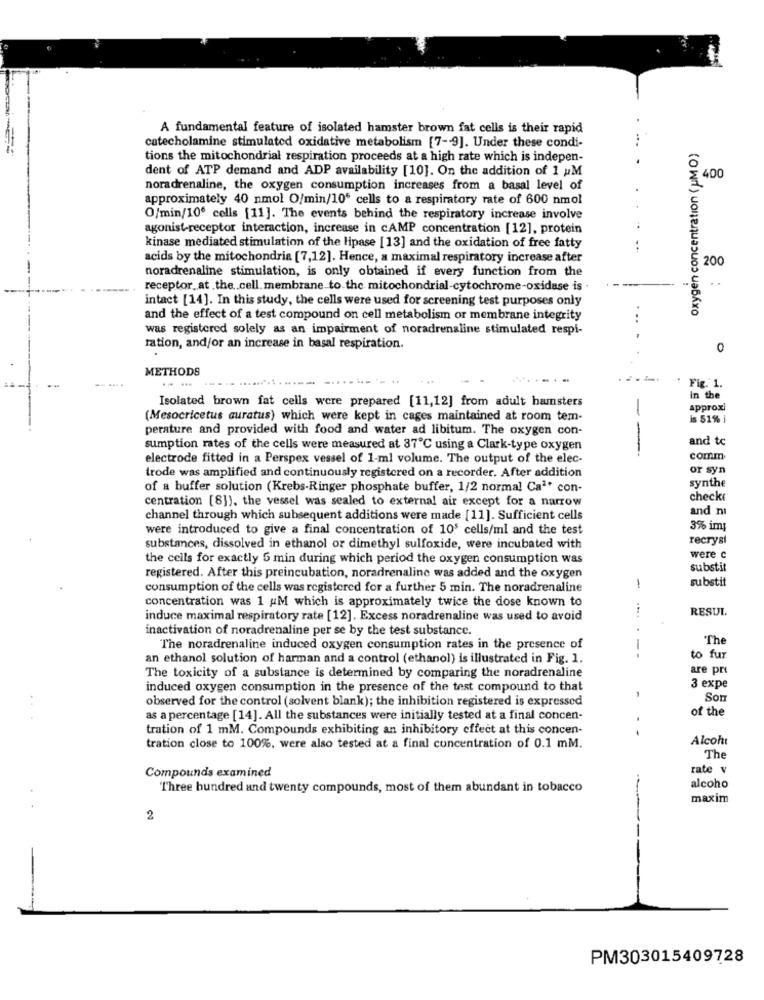
A fundamental feature of isolated hamster brown fat cells is their rapid
catecholamine stimulated oxidative metabolism [7-9]. Under these condi-
rygen concentration ( UM O)
tions the mitochondrial respiration proceeds at a high rate which is indepen-
dent of ATP demand and ADP availability [10]. On the addition of 1 ;M
400
noradrenaline, the oxygen consumption increases from a basal level of
approximately 40 nmol O/min/10' cells to a respiratory rate of 600 nmol
O/min/100 cells [11]. The events behind the respiratory increase involve
agonist-receptor interaction, increase in CAMP concentration [12], protein
kinase mediated stimulation of the lipase [13] and the oxidation of free fatty
acids by the mitochondria [7,12]. Hence, a maximal respiratory increase after
200
noradrenaline stimulation, is only obtained if every function from the
receptor_at the .. cell. membrane to the mitochondrial-cytochrome-oxidase is .
intact [14]. In this study, the cells were used for screening test purposes only
and the effect of a test compound on cell metabolism or membrane integrity
was registered solely as an impairment of noradrenaline stimulated respi-
ration, and/or an increase in basal respiration.
0
METHODS
-------
Fig. 1.
in the
Isolated brown fat cells were prepared [11,12] from adult hamsters
approxi
(Mesocricetus auratus) which were kept in cages maintained at room tem-
is 51% i
perature and provided with food and water ad libitum. The oxygen con-
and to
sumption rates of the cells were measured at 37℃ using a Clark-type oxygen
---
electrode fitted in a Perspex vessel of 1-ml volume. The output of the elec-
comm
or syn
trode was amplified and continuously registered on a recorder. After addition
of a buffer solution (Krebs-Ringer phosphate buffer, 1/2 normal Caª' con-
synthe
centration [8]), the vessel was sealed to external air except for a narrow
checkt
and nı
channel through which subsequent additions were made [11]. Sufficient cells
were introduced to give a final concentration of 10$ cells/ml and the test
3% im;
recryst
substances, dissolved in ethanol or dimethyl sulfoxide, were incubated with
the cells for exactly 5 min during which period the oxygen consumption was
were c
substit
registered. After this preincubation, noradrenaline was added and the oxygen
substit
consumption of the cells was registered for a further 5 min. The noradrenaline
1
concentration was 1 AM which is approximately twice the dose known to
RESUL.
induce maximal respiratory rate [12]. Excess noradrenaline was used to avoid
....
inactivation of noradrenaline per se by the test substance.
The
The noradrenaline induced oxygen consumption rates in the presence of
an ethanol solution of harman and a control (ethanol) is illustrated in Fig. 1.
--
to fur
are pri
The toxicity of a substance is determined by comparing the noradrenaline
induced oxygen consumption in the presence of the test compound to that
3 expe
observed for the control (solvent blank); the inhibition registered is expressed
Son
of the
as a percentage [14]. All the substances were initially tested at a final concen-
tration of 1 mM. Compounds exhibiting an inhibitory effect at this concen-
. -
Alcoht
tration close to 100%, were also tested at a final concentration of 0.1 mM.
The
rate v
Compounds examined
I'hree hundred and twenty compounds, most of them abundant in tobacco
alcoho
maxim
2
PM303015409728